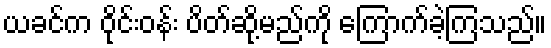
ယခင်က ဝိုင်းဝန်း ပိတ်ဆို့မည်ကို ကြောက်ခဲ့ကြသည်။